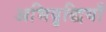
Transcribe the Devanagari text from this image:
अभिवृद्धियाँ